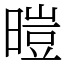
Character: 暟